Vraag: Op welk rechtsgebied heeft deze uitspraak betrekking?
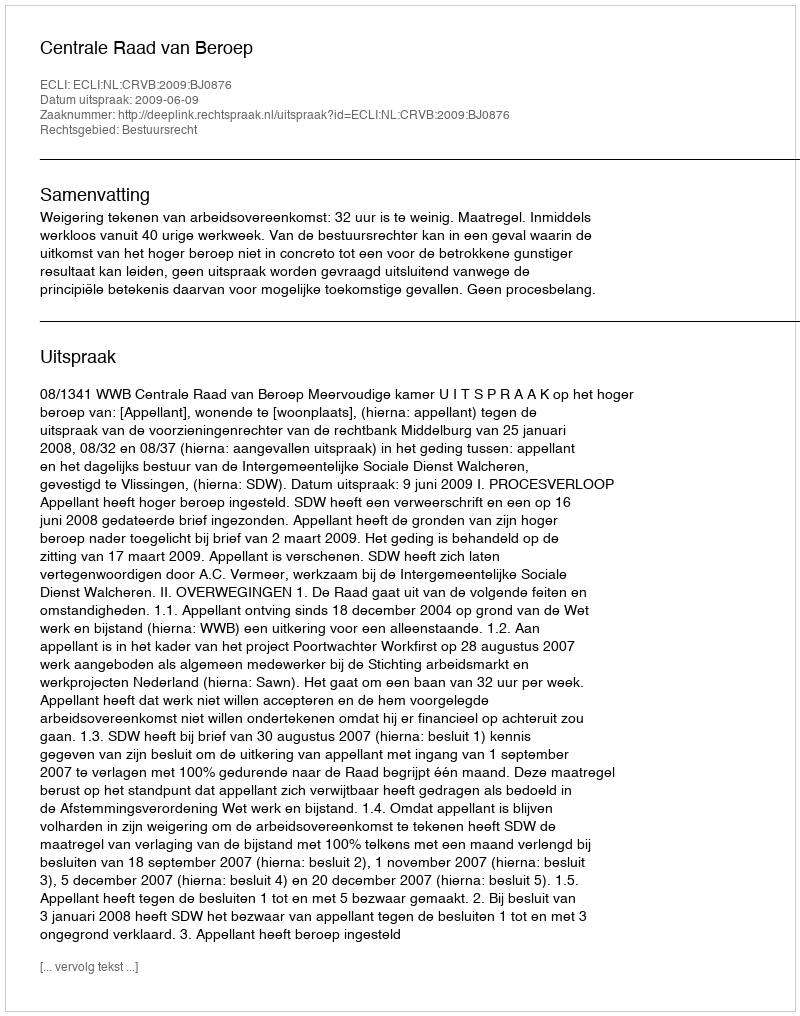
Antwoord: Bestuursrecht